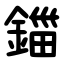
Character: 鍿